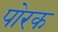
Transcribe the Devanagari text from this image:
पोरक